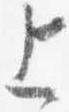
上